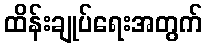
ထိန်းချုပ်ရေးအတွက်